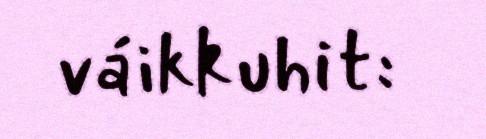
váikkuhit: